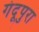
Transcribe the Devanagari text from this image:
गंदूपुरा